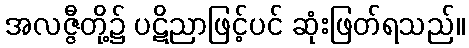
အလဇ္ဇီတို့၌ ပဋိညာဖြင့်ပင် ဆုံးဖြတ်ရသည်။